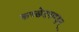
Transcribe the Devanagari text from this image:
कच्छेदपाण्डुम्